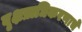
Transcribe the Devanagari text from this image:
वृक्षप्राधिकरणाचे